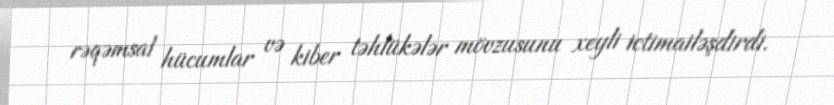
rəqəmsal hücumlar və kiber təhlükələr mövzusunu xeyli ictimailəşdirdi.